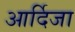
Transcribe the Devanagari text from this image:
आर्दिजा